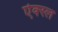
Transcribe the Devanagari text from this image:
ऐक्स्ल